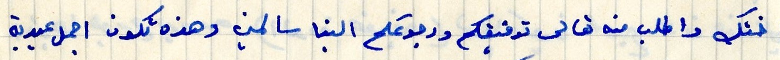
اختك واطلب منه تعالى توفيقكم ورجوعكم الينا سالمين وهذه تكون اجمل عيدية